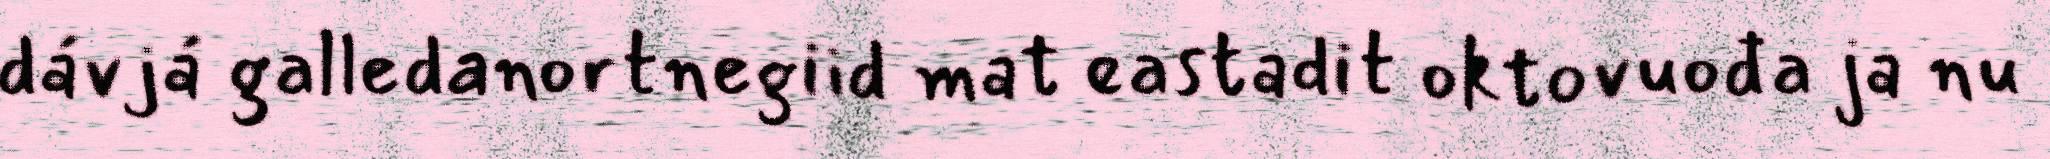
dávjá galledanortnegiid mat eastadit oktovuođa ja nu